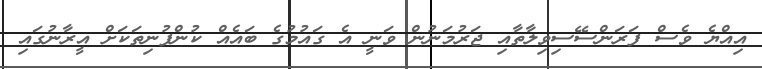
އިއްޔެ ވެސް ފަރަންސޭސިވިލާތާއި ޖަރުމަނުން ވަނީ އެ ގައުމުގެ ބައެއް ކުންފުނިތަކަށް އީރާނުގައި